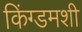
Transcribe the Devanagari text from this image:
किंग्डमशी